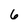
Character: 6